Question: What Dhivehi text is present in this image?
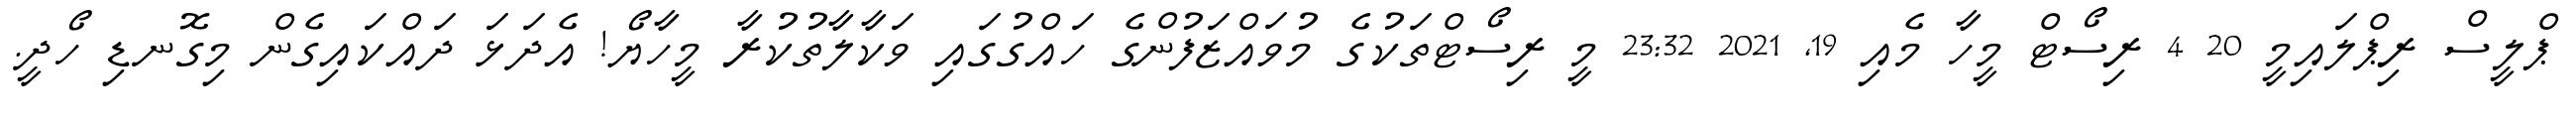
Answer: ޕްލީސް ރިޕްލައިމީ 20 4 ރިސޯޓް މީހާ މެއި 19, 2021 23:32 މީ ރިސޯޓްތަކުގެ މުވައްޒަފުންގެ ހައްގުގައި ވަކާލާތުކުރާ މީހާޔޯ! އެދަޅަ ދައްކައިގެން މިގޮނޑި ހޯދީ.